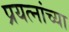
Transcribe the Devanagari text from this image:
प्रयत्नांच्या